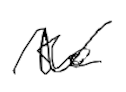
Text: the
Cross-out: wave
Writing tool: digital_black